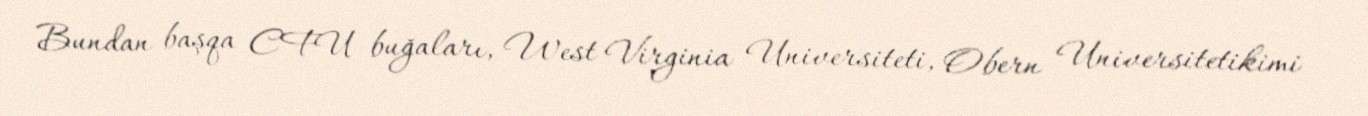
Bundan başqa CFU buğaları, West Virginia Universiteti, Obern Universitetikimi